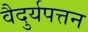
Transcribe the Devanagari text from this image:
वैदुर्यपत्तन